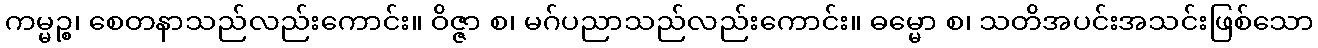
ကမ္မဉ္စ၊ စေတနာသည်လည်းကောင်း။ ဝိဇ္ဇာ စ၊ မဂ်ပညာသည်လည်းကောင်း။ ဓမ္မော စ၊ သတိအပင်းအသင်းဖြစ်သော